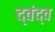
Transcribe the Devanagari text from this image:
द्‍वंद्‍व